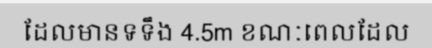
ដែលមានទទឹង 4.5m ខណៈពេលដែល